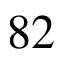
8 2